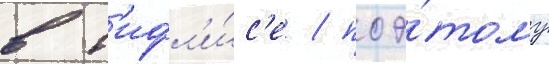
в т'ифл'и́с'е / поэ́тому